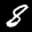
Label: 8